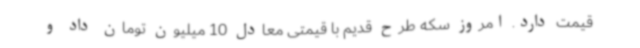
قیمت دارد. امروز سکه طرح قدیم با قیمتی معادل 10 میلیون تومان داد و